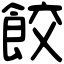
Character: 餃